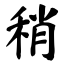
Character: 稍